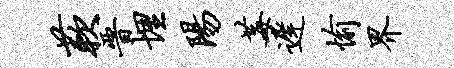
蔌晋埋阳莓迟愉界